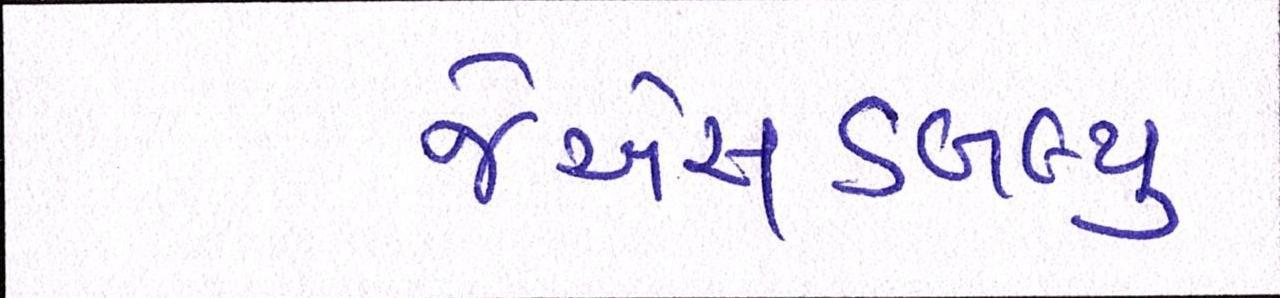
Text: જેએસડબલ્યુ